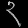
Digit: ၃